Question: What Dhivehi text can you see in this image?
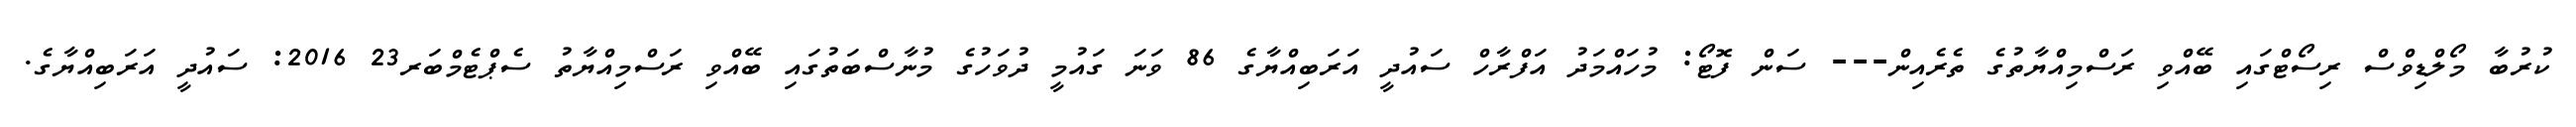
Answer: ކުރުބާ މޯލްޑިވްސް ރިސޯޓްގައި ބޭއްވި ރަސްމިއްޔާތުގެ ތެރެއިން--- ސަން ފޮޓޯ: މުހައްމަދު އަފްރާހް ސައުދީ އަރަބިއްޔާގެ 86 ވަނަ ގައުމީ ދުވަހުގެ މުނާސްބަތުގައި ބޭއްވި ރަސްމިއްޔާތު ސެޕްޓެމްބަރ23 2016: ސައުދީ އަރަބިއްޔާގެ.